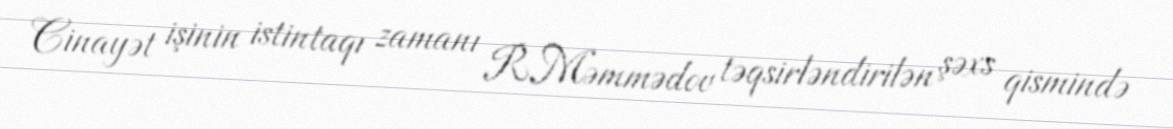
Cinayət işinin istintaqı zamanı R.Məmmədov təqsirləndirilən şəxs qismində